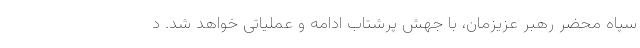
سپاه محضر رهبر عزیزمان، با جهش پرشتاب ادامه و عملیاتی خواهد شد. د